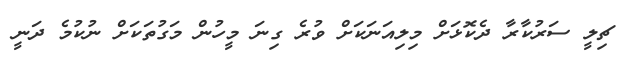
ޗިލީ ސަރުކާރާ ދެކޮޅަށް މިލިއަނަކަށް ވުރެ ގިނަ މީހުން މަގުތަކަށް ނުކުމެ ދަނީ